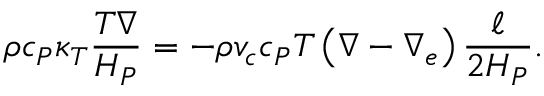
\rho c _ { P } \kappa _ { T } { \frac { T \nabla } { H _ { P } } } = - \rho v _ { c } c _ { P } T \left( \nabla - \nabla _ { e } \right) { \frac { \ell } { 2 H _ { P } } } .